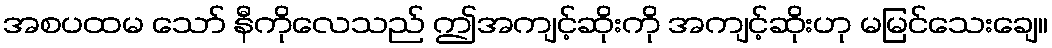
အစပထမ သော် နီကိုလေသည် ဤအကျင့်ဆိုးကို အကျင့်ဆိုးဟု မမြင်သေးချေ။